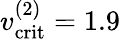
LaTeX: v_{\mathrm{crit}}^{(2)}=1.9